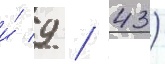
и́ 9 / 43)